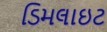
ડિમલાઇટ